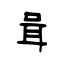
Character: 咠